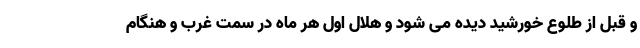
و قبل از طلوع خورشید دیده می شود و هلال اول هر ماه در سمت غرب و هنگام